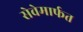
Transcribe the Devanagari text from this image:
सेवेमार्फत